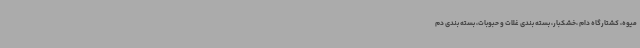
میوه، کشتارگاه دام ،خشکبار، بسته بندی غلات و حبوبات، بسته بندی دم